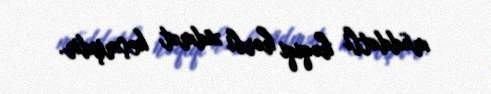
müddətli həqiqi hərbi xidmət keçmişdir.